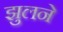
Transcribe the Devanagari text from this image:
झुलने